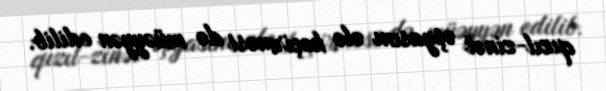
qızıl-zinət əşyasını ələ keçirməsi də müəyyən edilib.